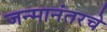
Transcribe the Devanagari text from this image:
जन्मानंतरचे